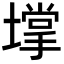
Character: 𡑄